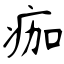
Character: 痂